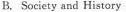
B, Society and History